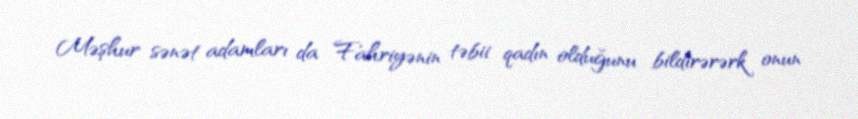
Məşhur sənət adamları da Fahriyənin təbii qadın olduğunu bildirərərk onun